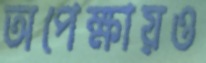
অপেক্ষায়ও